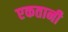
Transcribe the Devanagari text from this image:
एकतानी